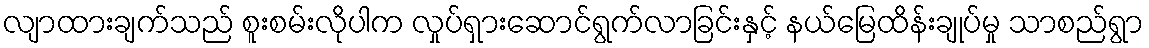
လျာထားချက်သည် စူးစမ်းလိုပါက လှုပ်ရှားဆောင်ရွက်လာခြင်းနှင့် နယ်မြေထိန်းချုပ်မှု သာစည်ရွာ